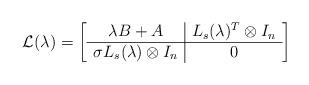
LaTeX: \begin{align*} \mathcal{L}(\lambda)= \left[ \begin{array}{c|c} \lambda B+A&L_{s}(\lambda)^{T}\otimes I_{n}\\\hline \sigma L_{s}(\lambda)\otimes I_{n}&0 \end{array} \right] \end{align*}